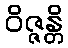
ဝိဇ္ဇန္တိ